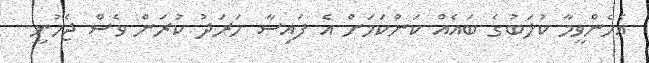
އެހެންވީމާ ކުލަބުގެ ބައެއް ކަންކަމަށް އެ ފައިސާ ހަރަދު ކުރަން ވެސް ޖެހުނީ.